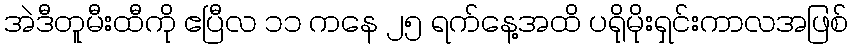
အဲဒီတူမီးထီကို ဧပြီလ ၁၁ ကနေ ၂၅ ရက်နေ့အထိ ပရိုမိုးရှင်းကာလအဖြစ်